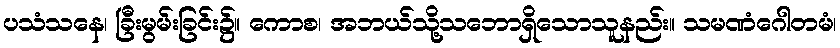
ပသံသနေ၊ ခြီးမွမ်းခြင်း၌။ ကောစ၊ အဘယ်သို့သဘောရှိသောသူနည်း။ သမဏံဂေါတမံ၊